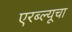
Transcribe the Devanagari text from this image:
एरब्ल्यूचा